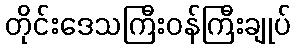
တိုင်းဒေသကြီးဝန်ကြီးချုပ်